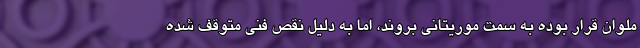
ملوان قرار بوده به سمت موریتانی بروند، اما به دلیل نقص فنی متوقف شده